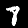
Label: 8